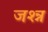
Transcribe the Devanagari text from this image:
जश्न्न